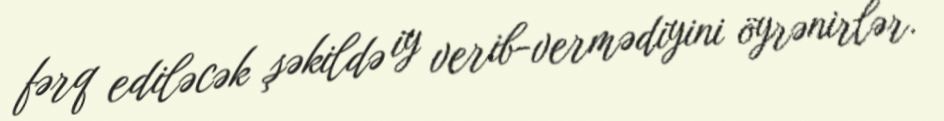
fərq ediləcək şəkildə iy verib-vermədiyini öyrənirlər.